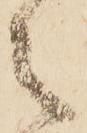
々